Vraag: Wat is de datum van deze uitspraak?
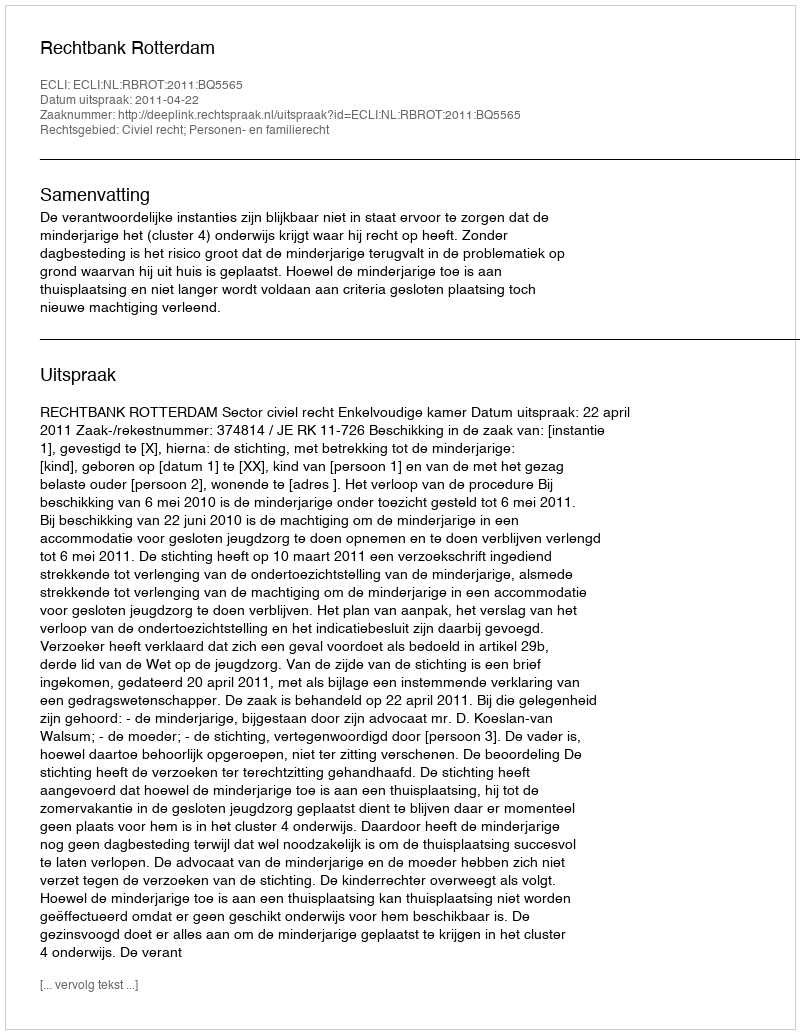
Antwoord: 2011-04-22